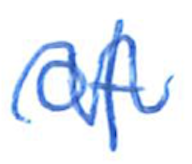
Text: of
Cross-out: wave
Writing tool: ballpoint